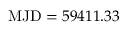
\mathrm { M J D } = 5 9 4 1 1 . 3 3